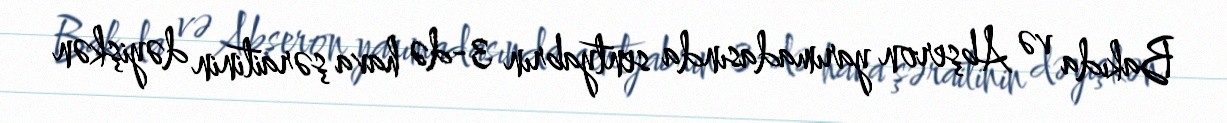
Bakıda və Abşeron yarımadasında sentyabrın 3-də hava şəraitinin dəyişkən